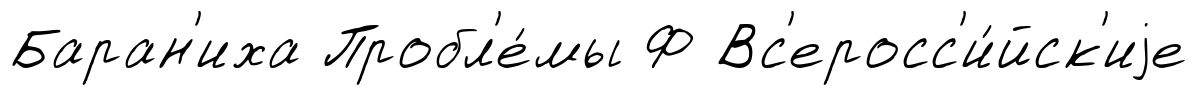
Баран'иха Пробл'е́мы Ф Вс'еросс'и́йск'иjе